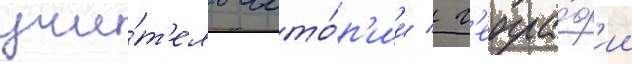
учи́т'ель исто́р'ии / г'еогра́ф'ии